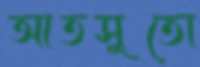
আতসুতো